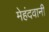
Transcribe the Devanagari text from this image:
मेहंदवानी